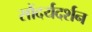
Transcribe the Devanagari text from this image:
सौंदर्यदर्शन